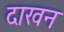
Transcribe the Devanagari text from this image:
दाखन